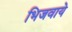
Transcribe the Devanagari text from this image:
भिजवाये